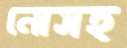
নোসহ